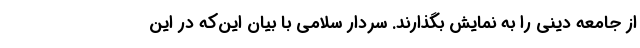
از جامعه دینی را به نمایش بگذارند. سردار سلامی با بیان این‌که در این